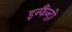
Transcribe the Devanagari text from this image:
इन्फैंन्ट्री